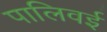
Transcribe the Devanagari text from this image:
पालिवई